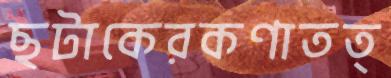
ছটাকেরকণাতত্